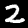
Label: 2